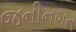
જનીનગત